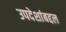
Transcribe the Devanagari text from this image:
उपदेशांबद्दल